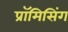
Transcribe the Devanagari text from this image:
प्रॉमिसिंग